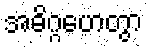
အဓိဂ္ဂဟေတွာ